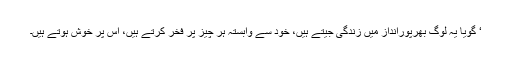
‘ گویا یہ لوگ بھرپورانداز میں زندگی جیتے ہیں، خود سے وابستہ ہر چیز پر فخر کرتے ہیں، اس پر خوش ہوتے ہیں۔